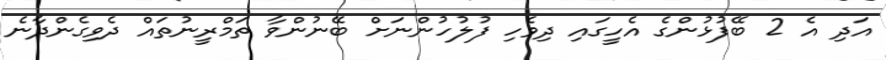
އަދި އެ 2 ބޭފުޅުންގެ އެހީގައި ދިވެހި ފުލުހުންނަށް ބޭނުންވާ ތަމްރީނުތައް ދެވިގެންދާނެ